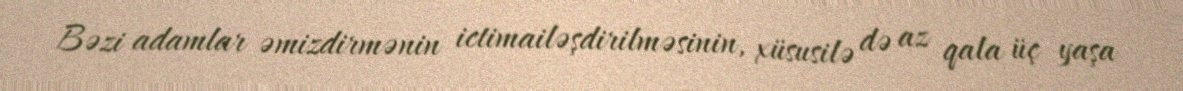
Bəzi adamlar əmizdirmənin ictimailəşdirilməsinin, xüsusilə də az qala üç yaşa